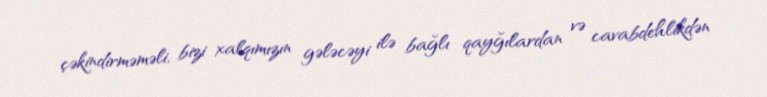
çəkindirməməli, bizi xalqımızın gələcəyi ilə bağlı qayğılardan və cavabdehlikdən